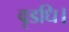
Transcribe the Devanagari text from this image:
वृडधि।